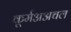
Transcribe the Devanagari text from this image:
कूर्मअअचल